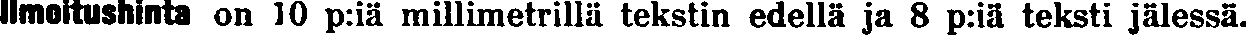
Imoitushinta on 10 p:iä millimetrillä tekstin edellä ja 8 p:iä teksti jälessä.